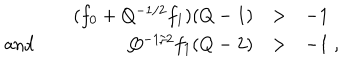
\begin{array} { l r l l } { { } } & { { ( f _ { 0 } + Q ^ { - 1 / 2 } f _ { 1 } ) ( Q - 1 ) } } & { { > } } & { { - 1 } } \\ { { \mathrm { ~ a n d ~ } } } & { { Q ^ { - 1 / 2 } f _ { 1 } ( Q - 2 ) } } & { { > } } & { { - 1 \; , } } \\ \end{array}